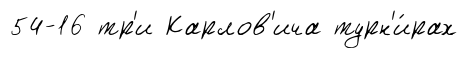
54-16 тр'и Карлов'ича турн'и́рах